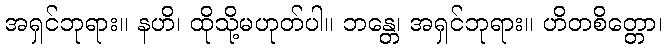
အရှင်ဘုရား။ နဟိ၊ ထိုသို့မဟုတ်ပါ။ ဘန္တေ၊ အရှင်ဘုရား။ ဟိတစိတ္တော၊